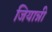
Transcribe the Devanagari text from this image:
जियान्नी